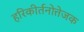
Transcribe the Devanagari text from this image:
हरिकीर्तनोत्तेजक